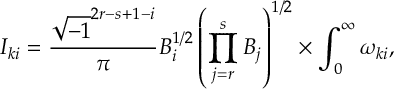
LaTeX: I _ { k i } = \frac { \sqrt { - 1 } ^ { 2 r - s + 1 - i } } { \pi } B _ { i } ^ { 1 / 2 } \left( \prod _ { j = r } ^ { s } B _ { j } \right) ^ { 1 / 2 } \times \int _ { 0 } ^ { \infty } \omega _ { k i } ,